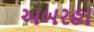
અબરહા